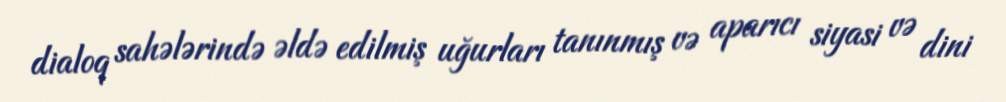
dialoq sahələrində əldə edilmiş uğurları tanınmış və aparıcı siyasi və dini